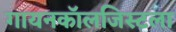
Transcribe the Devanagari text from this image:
गायनकॉलजिस्टला